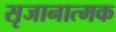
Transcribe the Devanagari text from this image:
सृजानात्मक